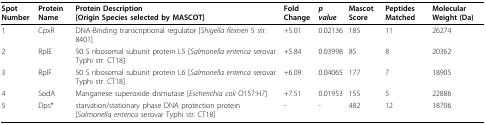
<table><thead><tr><td><b>Spot Number</b></td><td><b>Protein Name</b></td><td><b>Protein Description[Origin Species selected by MASCOT]</b></td><td><b>Fold Change</b></td><td><b><i>p value</i></b></td><td><b>Mascot Score</b></td><td><b>Peptides Matched</b></td><td><b>Molecular Weight (Da)</b></td></tr></thead><tbody><tr><td>1</td><td>CpxR</td><td>DNA-Binding transcriptional regulator [<i>Shigella flexneri </i>5 str. 8401]</td><td>+5.01</td><td>0.02136</td><td>185</td><td>11</td><td>26274</td></tr><tr><td>2</td><td>RplE</td><td>50 S ribosomal subunit protein L5 [<i>Salmonella enterica </i>serovar Typhi str. CT18]</td><td>+5.84</td><td>0.03998</td><td>85</td><td>8</td><td>20362</td></tr><tr><td>3</td><td>RplF</td><td>50 S ribosomal subunit protein L6 [<i>Salmonella enterica </i>serovar Typhi str. CT18]</td><td>+6.09</td><td>0.04065</td><td>177</td><td>7</td><td>18905</td></tr><tr><td>4</td><td>SodA</td><td>Manganese superoxide dismutase [<i>Escherichia coli </i>O157:H7]</td><td>+7.51</td><td>0.01953</td><td>155</td><td>5</td><td>22886</td></tr><tr><td>5</td><td>Dps*</td><td>starvation/stationary phase DNA protection protein [<i>Salmonella enterica </i>serovar Typhi str. CT18]</td><td>-</td><td>-</td><td>482</td><td>12</td><td>18706</td></tr></tbody></table>